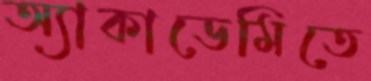
অ্যাকাডেমিতে